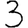
Digit: 3